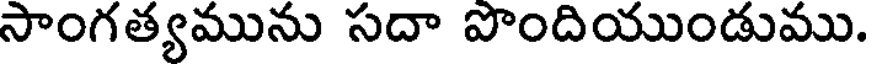
సాంగత్యమును సదా పొందియుండుము.